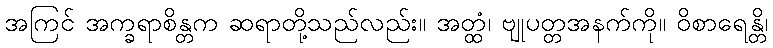
အကြင် အက္ခရာစိန္တက ဆရာတို့သည်လည်း။ အတ္ထံ၊ ဗျုပတ္တအနက်ကို။ ဝိစာရေန္တိ၊